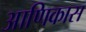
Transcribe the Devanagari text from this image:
आणिकास